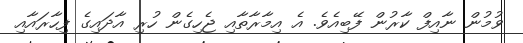
ވުމުން ނާއިފް ކާރުން ފޭބިއެވެ. އެ އިމާރާތާއި ޖެހިގެން ހުރި އާދައިގެ ފިހާރައާއި